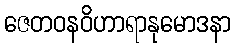
ဇေတဝနဝိဟာရာနုမောဒနာ